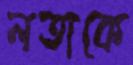
লতাকে